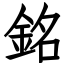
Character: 銘